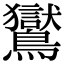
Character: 鸑